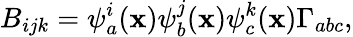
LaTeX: B_{ijk}=\psi_{a}^{i}(\mathbf{x})\psi_{b}^{j}(\mathbf{x})\psi_{c}^{k}(\mathbf{x})\Gamma_{abc},